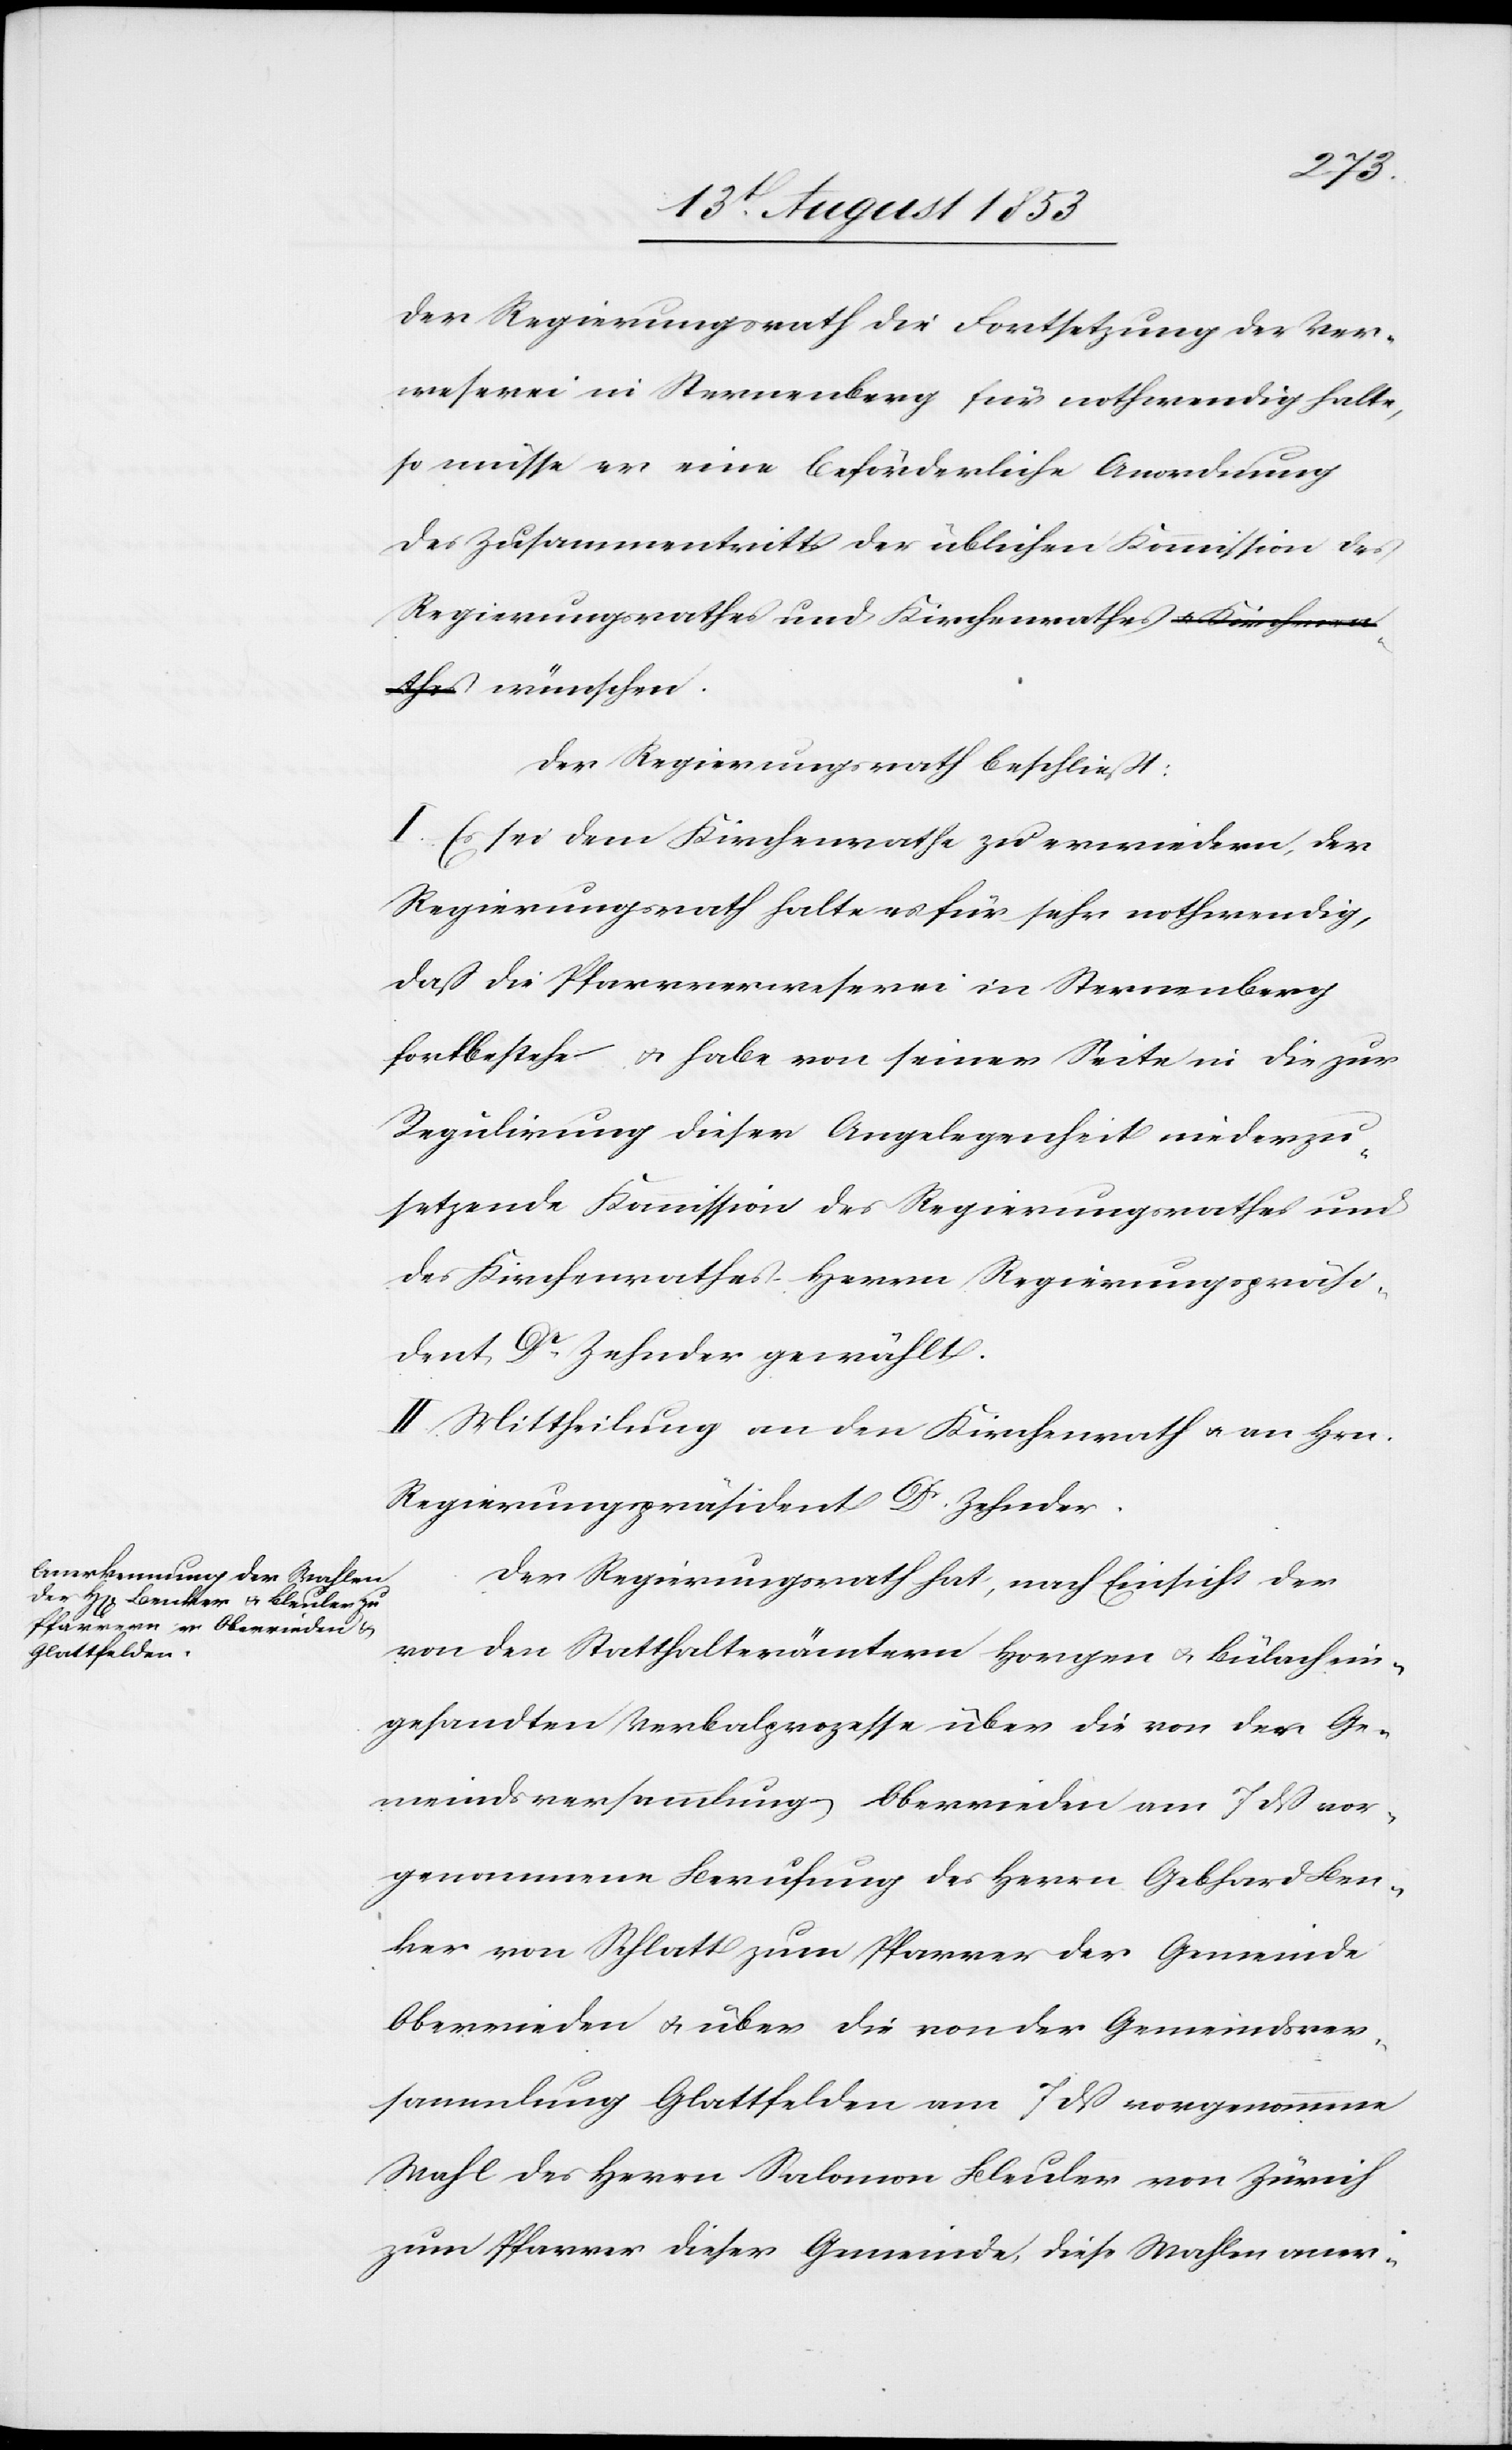
der Regierungsrath die Fortsetzung der Ver¬
weserei in Sternenberg für nothwendig halte,
so müsse er eine beförderliche Anordnung
des Zusammentrittes der üblichen Kommission des
Regierungsrathes und Kirchenrathes wünschen.
Der Regierungsrath beschließt:
I. Es sei dem Kirchenrathe zu erwiedern, der
Regierungsrath halte es für sehr nothwendig,
daß die Pfarrverweserei in Sternenberg
fortbestehe u. habe von seiner Seite in die zur
Regulirung dieser Angelegenheit niederzu¬
setzende Kommission des Regierungsrathes und
des Kirchenrathes Herrn Regierungspräsi¬
dent Dr Zehnder gewählt.
II. Mittheilung an den Kirchenrath u. an Hrn.
Regierungspräsident Dr Zehnder.
Der Regierungsrath hat, nach Einsicht der
von den Statthalterämtern Horgen u. Bülach ein¬
gesandten Verbalprozesse über die von den Ge¬
meindsversammlung[en] Oberrieden am 7 dß vor¬
genommene Berufung des Herrn Gebhard Ben¬
ker von Schlatt zum Pfarrer der Gemeinde
Oberrieden u. über die von der Gemeindsver¬
sammlung Glattfelden am 7 dß vorgenommene
Wahl des Herrn Salomon Bleuler von Zürich
zum Pfarrer dieser Gemeinde, diese Wahlen aner-